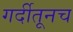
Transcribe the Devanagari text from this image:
गर्दीतूनच